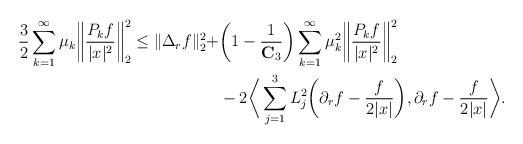
LaTeX: \begin{align*}\frac{3}{2} \sum_{k=1}^\infty \mu_k \bigg\|\frac{P_k f}{|x|^2}\bigg\|_{2}^2 \leq \|\Delta_r f \|_{2}^2 + & \bigg(1 - \frac{1}{\mathbf{C}_3}\bigg) \sum_{k=1}^\infty \mu_k^2 \bigg\|\frac{P_k f}{|x|^2}\bigg\|_{2}^2 \\& - 2\bigg\langle \sum_{j=1}^3 L_j^2 \bigg(\partial_r f - \frac{f}{2|x|} \bigg), \partial_r f - \frac{f}{2|x|} \bigg\rangle. \end{align*}